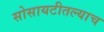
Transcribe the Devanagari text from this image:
सोसायटीतल्याच